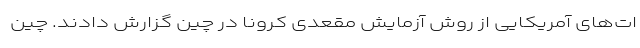
ات‌های آمریکایی از روش آزمایش مقعدی کرونا در چین گزارش دادند. چین